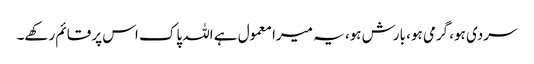
سردی ہو، گرمی ہو، بارش ہو، یہ میرا معمول ہے اللہ پاک اس پر قائم رکھے۔